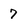
Character: 7